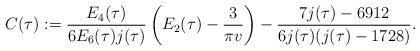
LaTeX: \begin{align*}C(\tau):=\frac{E_4(\tau)}{6E_6(\tau)j(\tau)}\left(E_2(\tau)-\frac{3}{\pi v}\right)-\frac{7j(\tau)-6912}{6j(\tau)(j(\tau)-1728)}.\end{align*}